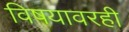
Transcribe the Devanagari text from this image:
विषयावरही